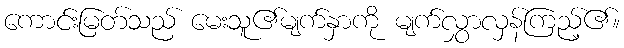
ကောင်းမြတ်သည် မေးသူ၏မျက်နှာကို မျက်လွှာလှန်ကြည့်၏။